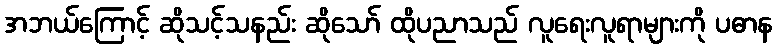
အဘယ်ကြောင့် ဆိုသင့်သနည်း ဆိုသော် ထိုပညာသည် လူရေးလူရာများကို ပဓာန